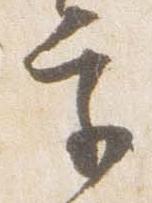
宮